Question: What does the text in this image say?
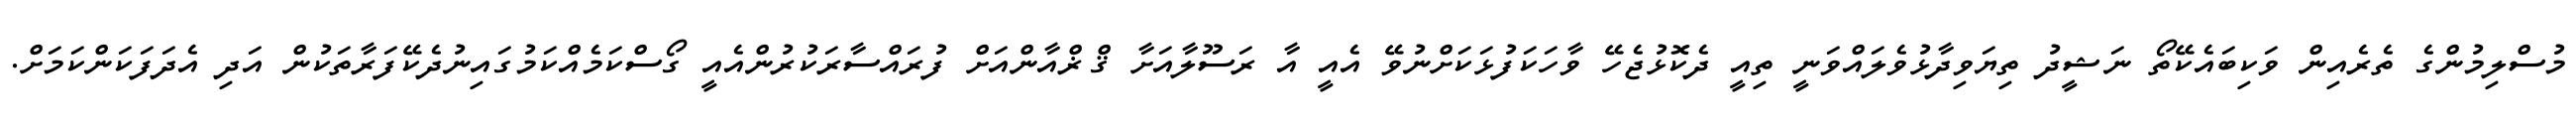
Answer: މުސްލިމުންގެ ތެރެއިން ވަކިބައެކޭތޯ ނަޝީދު ތިޔަވިދާޅުވެލައްވަނީ ތިއީ ދެކޮޅުޖެހޭ ވާހަކަފުޅަކަށްނުވޭ އެއީ އާ ރަސޫލާއަށާ ޤްޜްއާންއަށް ފުރައްސާރަކުރުންއެއީ ގޯސްކަމެއްކަމުގައިނުދެކޭފަރާތަކުން އަދި އެދަފަކަންކަމަށް.